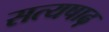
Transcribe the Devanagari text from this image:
सत्यषाढ़